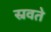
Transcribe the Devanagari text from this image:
स्रवते